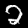
Digit: 2